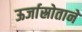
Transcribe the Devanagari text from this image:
ऊर्जास्रोताने